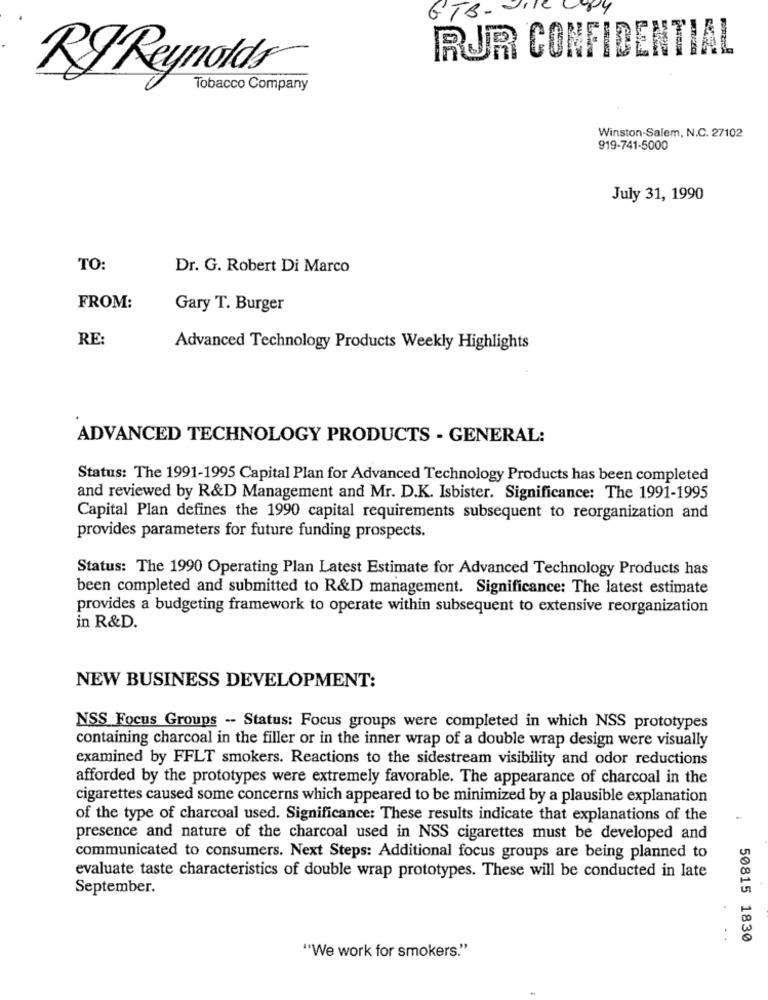
Py
GTB-
RUR CONFIDENTIAL
RJ Reynolds
Tobacco Company
Winston-Salem, N.C. 27102
919-741-5000
July 31, 1990
TO:
Dr. G. Robert Di Marco
FROM:
Gary T. Burger
RE:
Advanced Technology Products Weekly Highlights
ADVANCED TECHNOLOGY PRODUCTS - GENERAL:
Status: The 1991-1995 Capital Plan for Advanced Technology Products has been completed
and reviewed by R&D Management and Mr. D.K. Isbister. Significance: The 1991-1995
Capital Plan defines the 1990 capital requirements subsequent to reorganization and
provides parameters for future funding prospects.
Status: The 1990 Operating Plan Latest Estimate for Advanced Technology Products has
been completed and submitted to R&D management. Significance: The latest estimate
provides a budgeting framework to operate within subsequent to extensive reorganization
in R&D.
NEW BUSINESS DEVELOPMENT:
NSS Focus Groups -- Status: Focus groups were completed in which NSS prototypes
containing charcoal in the filler or in the inner wrap of a double wrap design were visually
examined by FFLT smokers. Reactions to the sidestream visibility and odor reductions
afforded by the prototypes were extremely favorable. The appearance of charcoal in the
cigarettes caused some concerns which appeared to be minimized by a plausible explanation
of the type of charcoal used. Significance: These results indicate that explanations of the
presence and nature of the charcoal used in NSS cigarettes must be developed and
communicated to consumers. Next Steps: Additional focus groups are being planned to
evaluate taste characteristics of double wrap prototypes. These will be conducted in late
September.
. .
50815 1830
"We work for smokers."